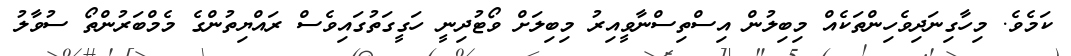
ކަމެވެ. މިހާގިނަދިވެހިންތަކެއް މިބިލުން އިސްތިސްނާވީއިރު މިބިލަށް ވޯޓުދިނީ ހަގީގަތުގައިވެސް ރައްޔިތުންގެ މެމްބަރުންތޯ ސުވާލު